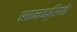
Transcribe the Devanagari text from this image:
सामक्रियों